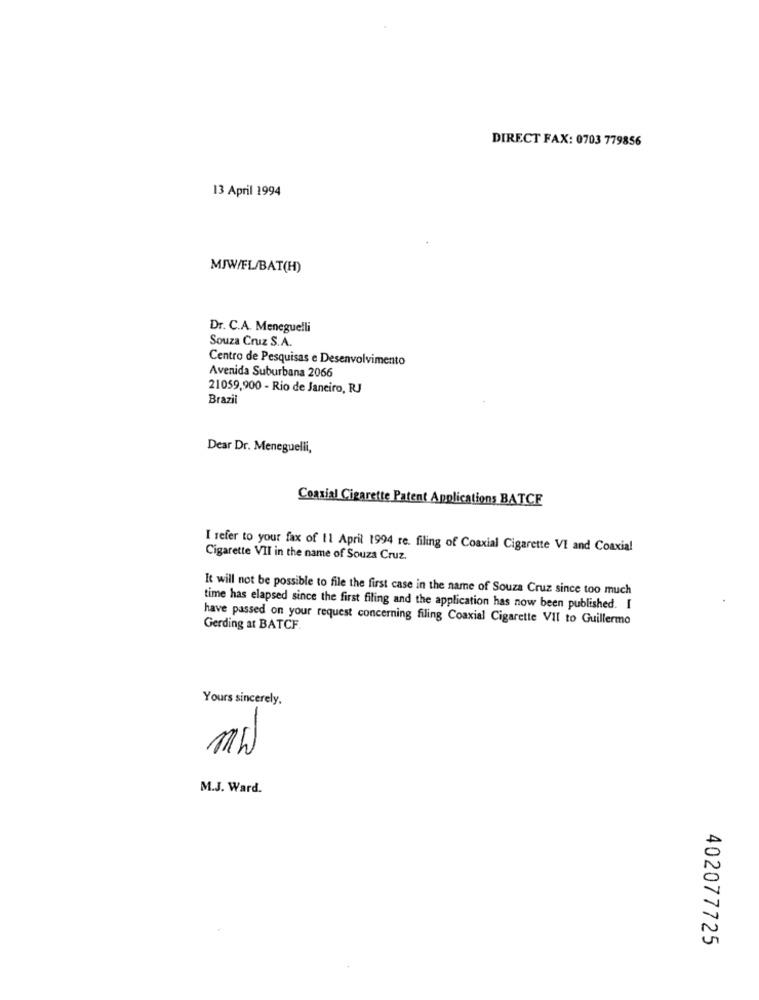
DIRECT FAX: 0703 779856
13 April 1994
MJW/FL/BAT(H)
Dr. C.A. Meneguelli
Souza Cruz S.A.
Centro de Pesquisas e Desenvolvimento
Avenida Suburbana 2066
21059,900 - Rio de Janeiro, RJ
Brazil
Dear Dr. Meneguelli,
Coaxial Cigarette Patent Applications BATCE
I refer to your fax of 11 April 1994 re. filing of Coaxial Cigarette VI and Coaxial
Cigarette VII in the name of Souza Cruz.
It will not be possible to file the first case in the name of Souza Cruz since too much
time has elapsed since the first filing and the application has now been published. I
have passed on your request concerning filing Coaxial Cigarette VII to Guillermo
Gerding at BATCF.
Yours sincerely.
Mw
M.J. Ward.
402077725